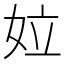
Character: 𡛩